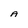
Character: A